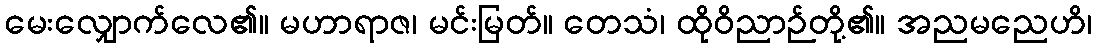
မေးလျှောက်လေ၏။ မဟာရာဇ၊ မင်းမြတ်။ တေသံ၊ ထိုဝိညာဉ်တို့၏။ အညမညေဟိ၊